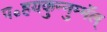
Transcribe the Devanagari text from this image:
प॰हयकुन्नुम्मॅल्